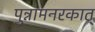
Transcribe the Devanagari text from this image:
पुन्नामनरकात्